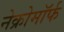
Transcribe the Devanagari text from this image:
नेक्रोमॉर्फ